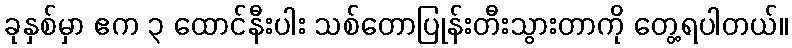
ခုနှစ်မှာ ဧက ၃ ထောင်နီးပါး သစ်တောပြုန်းတီးသွားတာကို တွေ့ရပါတယ်။